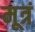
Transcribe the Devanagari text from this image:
मूत्रं